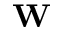
\textbf { W }